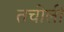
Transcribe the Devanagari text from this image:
तचोली